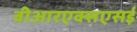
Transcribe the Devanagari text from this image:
वीआरएक्सएसई